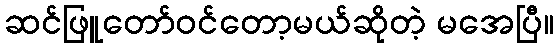
ဆင်ဖြူတော်ဝင်တော့မယ်ဆိုတဲ့ မအေပြီ။